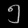
Digit: ၅